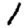
Digit: 1